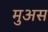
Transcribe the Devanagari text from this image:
मुअस